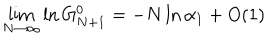
\lim _ { N \rightarrow \infty } \ln G _ { N + 1 } ^ { 0 } = - N \ln \alpha _ { 1 } + O ( 1 )